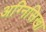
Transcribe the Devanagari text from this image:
अग्निसिखा